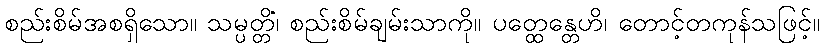
စည်းစိမ်အစရှိသော။ သမ္ပတ္တိံ၊ စည်းစိမ်ချမ်းသာကို။ ပတ္ထေန္တေဟိ၊ တောင့်တကုန်သဖြင့်။